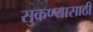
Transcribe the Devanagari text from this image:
सुकण्यासाठी